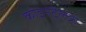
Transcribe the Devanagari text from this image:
कोइनटेलप्रो